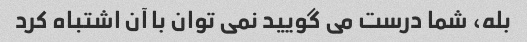
بله، شما درست می گویید نمی توان با آن اشتباه کرد